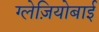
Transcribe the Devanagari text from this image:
ग्लेज़ियोबाई